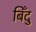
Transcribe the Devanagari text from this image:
बिँदु